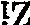
Z